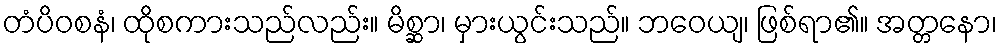
တံပိဝစနံ၊ ထိုစကားသည်လည်း။ မိစ္ဆာ၊ မှားယွင်းသည်။ ဘဝေယျ၊ ဖြစ်ရာ၏။ အတ္တနော၊